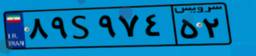
۹۶S۶۴۷۲۹